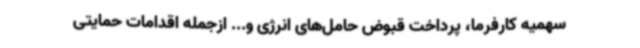
سهمیه کارفرما، پرداخت قبوض حامل‌های انرژی و... ازجمله اقدامات حمایتی